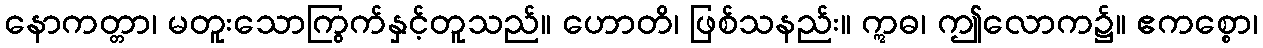
နောကတ္တာ၊ မတူးသောကြွက်နှင့်တူသည်။ ဟောတိ၊ ဖြစ်သနည်း။ ဣဓ၊ ဤလောက၌။ ဧကစ္စော၊